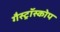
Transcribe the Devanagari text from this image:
गैस्ट्रॉस्कोप